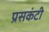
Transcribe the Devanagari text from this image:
प्रसकंटी